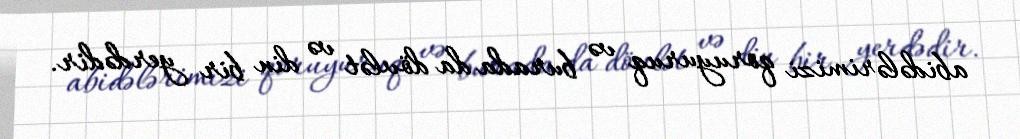
abidələrimizi qoruyuruq və burada da dövlət və din bir yerdədir.